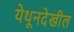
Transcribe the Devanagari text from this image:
येथूनदेखील